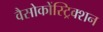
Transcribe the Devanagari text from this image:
वैसोकोंस्ट्रिक्शन